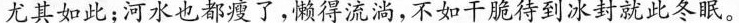
尤其如此；河水也都瘦了，懒得流淌，不如干脆待到冰封就此冬眠。